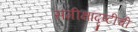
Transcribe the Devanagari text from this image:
समीक्षादृष्टीची